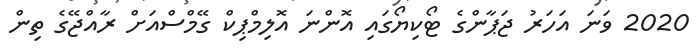
2020 ވަނަ އަހަރު ޖަޕާންގެ ޓޯކިޔޯގައި އޮންނަ އޮލިމްޕިކް ގޭމްސްއަށް ރާއްޖޭގެ ތިން